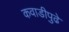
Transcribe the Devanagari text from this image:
कवाडीपुढे